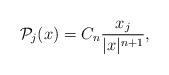
LaTeX: \begin{align*}\mathcal{P}_{j}(x)=C_{n}\frac{x_{j}}{|x|^{n+1}},\end{align*}